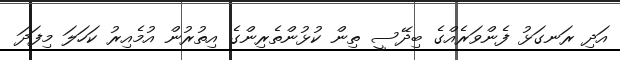
އަދި ރަނގަޅު ފެންވަރެއްްގެ ބިދޭސީ ތިން ކުޅުންތެރިންގެ އިތުރުން އުމެއިރު ކަހަލަ މިފަދަ